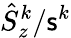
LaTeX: \hat{S}_{z}^{k}/{\sf s}^{k}